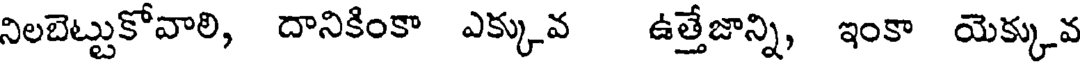
నిలబెట్టుకోవాలి, దానికింకా ఎక్కువ ఉత్తేజాన్ని, ఇంకా యెక్కువ